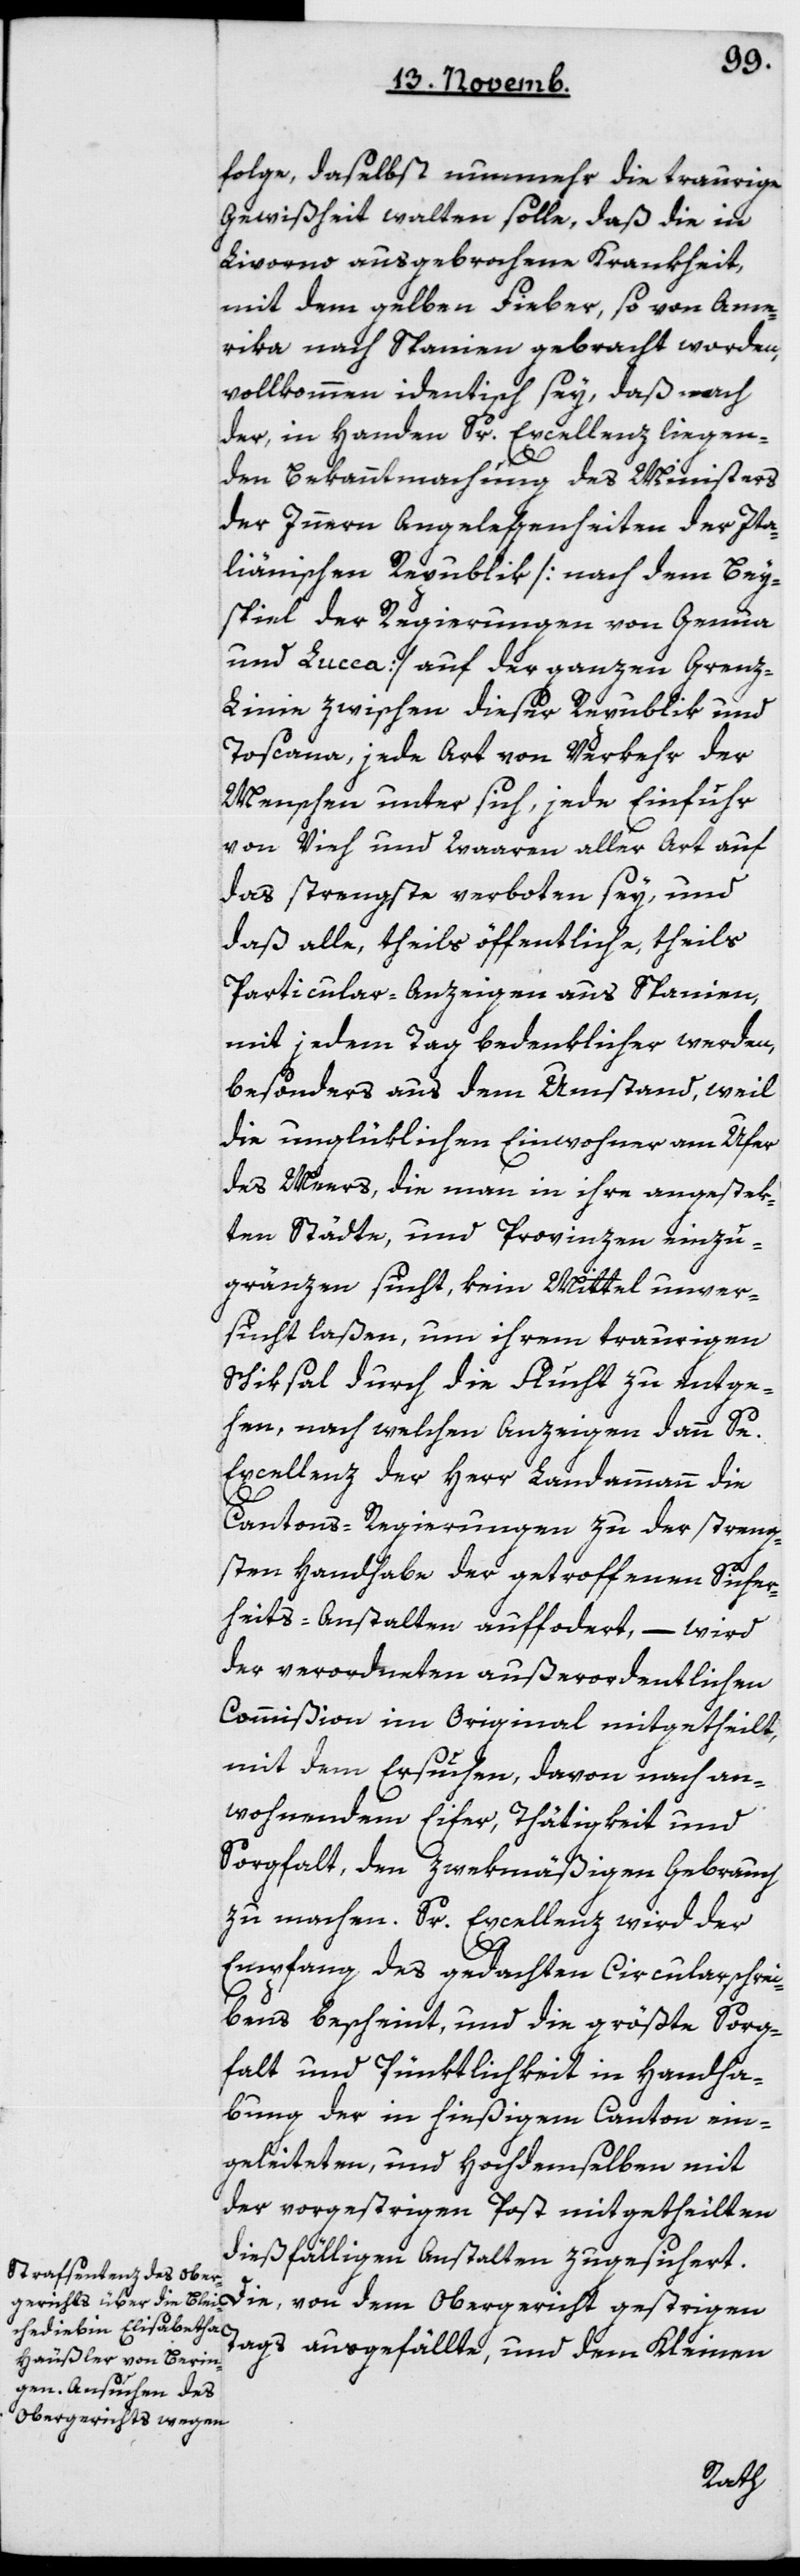
ge, daselbst nunmehr die traurige
Gewißheit walten solle, daß die in
Livorno ausgebrochene Krankheit
mit dem Gelben Fieber, so von Ame¬
rika nach Spanien gebracht worden,
vollkommen identisch sey, daß nach
der, in Handen Sr Excellenz liegen¬
den Bekanntmachung des Ministers
der innern Angelegenheiten der Ita¬
lienischen Republik [nach dem Bey¬
spiel der Regierungen von Genua
und Lucca] auf der ganzen Gren¬
z-Linie zwischen dieser Republik und
Toscana, jede Art von Verkehr der
Menschen unter sich, jede Einfuhr
von Vieh und Waaren aller Art auf
das strengste verboten sey, und
daß alle, theils öffentliche, theils
Particular-Anzeigen aus Spanien,
mit jedem Tag bedenklicher werden,
besonders aus dem Umstand, weil
die unglüklichen Einwohner am Ufer
des Meers, die man in ihre angestek¬
ten Städte und Provinzen einzu¬
grenzen sucht, kein Mittel unver¬
sucht laßen, um ihrem traurigen
Schiksal durch die Flucht zu entge¬
hen, nach welchen Anzeigen dann Se
Excellenz der Herr Landammann die
Cantons-Regierungen zu der streng¬
sten Handhabe der getroffenen Sicher¬
heits-Anstalten auffordert, – wird
der verordneten außerordentlichen
Commißion im Original mitgetheilt,
mit dem Ersuchen, davon nach an¬
wohnendem Eifer, Thätigkeit und
Sorgfalt, den zwekmäßigen Gebrauch
zu machen. Sr Excellenz wird der
Empfang des gedachten Circularschrei¬
bens bescheint, und die größte Sorg¬
falt und Pünktlichkeit in Handha¬
bung der in hießigem Canton ein¬
geleiteten und Hochdemselben mit
der vorgestrigen Post mitgetheilten
dießfälligen Anstalten zugesichert.
Die von dem Obergericht gestrigen
Tags ausgefällte, und dem Kleinen